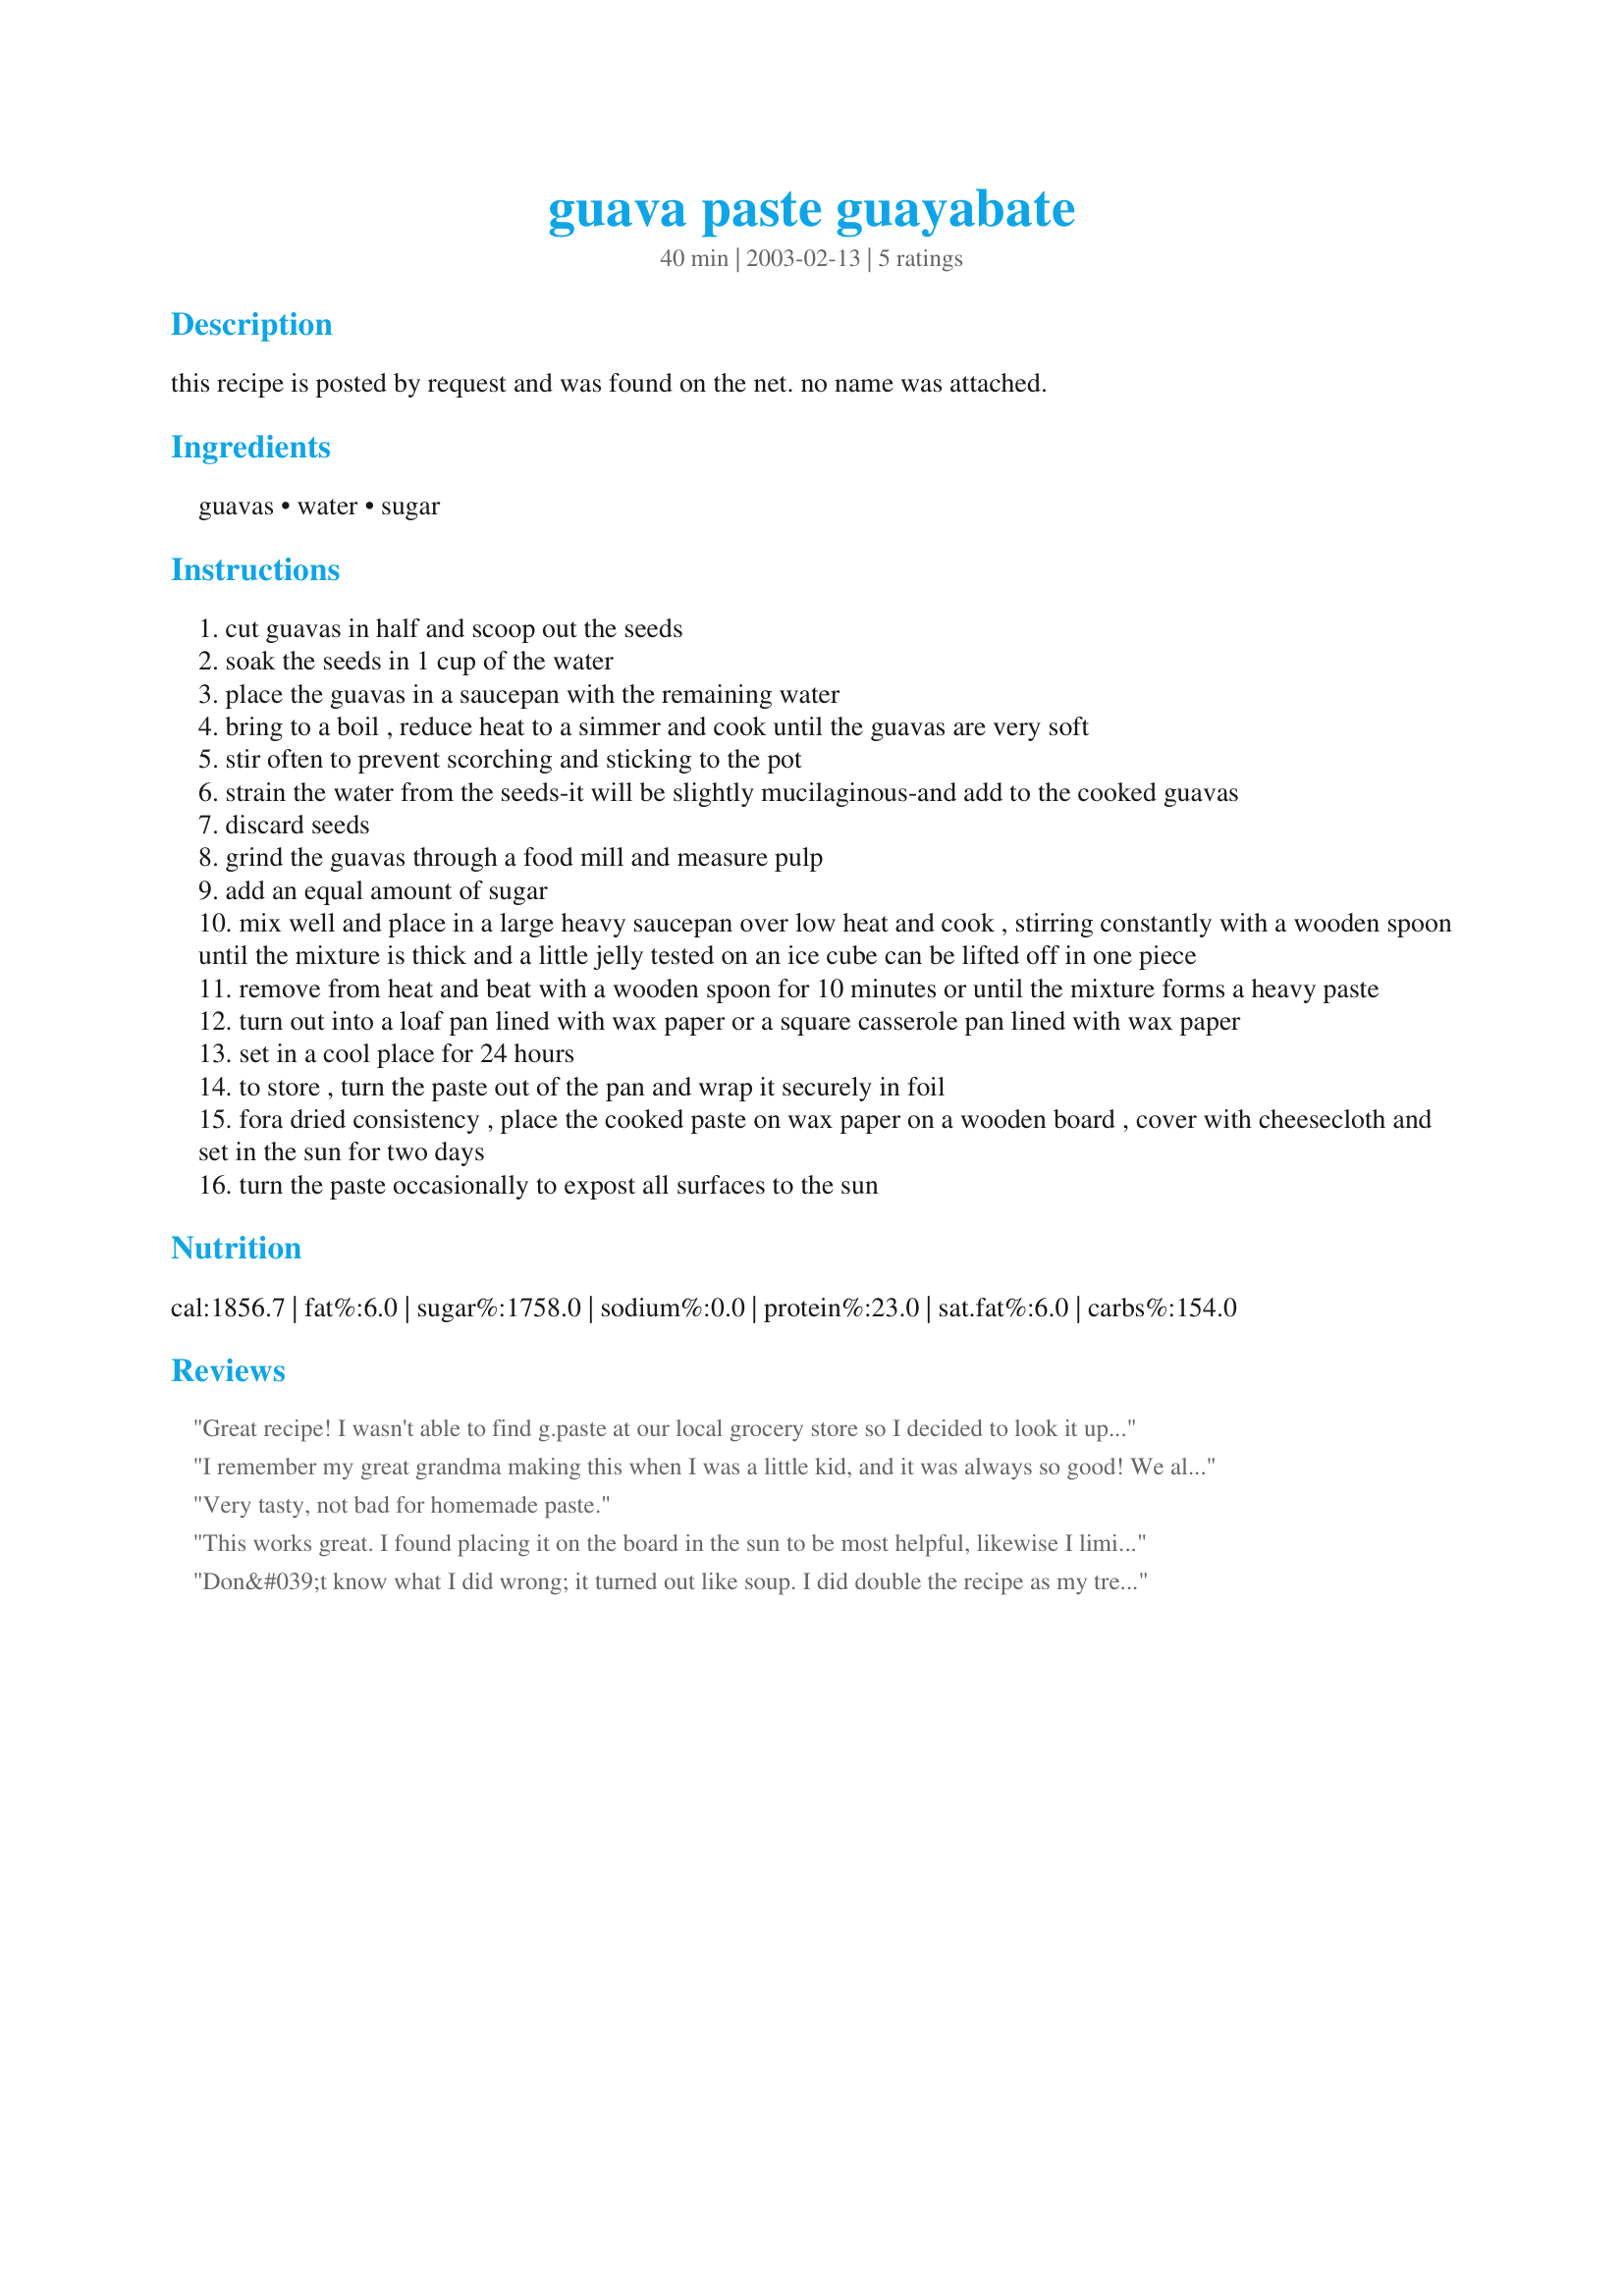
guava paste guayabate
Preparation time: 40 minutes

this recipe is posted by request and was found on the net. no name was attached.

Ingredients:
guavas, water, sugar

Steps:
cut guavas in half and scoop out the seeds
soak the seeds in 1 cup of the water
place the guavas in a saucepan with the remaining water
bring to a boil , reduce heat to a simmer and cook until the guavas are very soft
stir often to prevent scorching and sticking to the pot
strain the water from the seeds-it will be slightly mucilaginous-and add to the cooked guavas
discard seeds
grind the guavas through a food mill and measure pulp
add an equal amount of sugar
mix well and place in a large heavy saucepan over low heat and cook , stirring constantly with a wooden spoon until the mixture is thick and a little jelly tested on an ice cube can be lifted off in one piece
remove from heat and beat with a wooden spoon for 10 minutes or until the mixture forms a heavy paste
turn out into a loaf pan lined with wax paper or a square casserole pan lined with wax paper
set in a cool place for 24 hours
to store , turn the paste out of the pan and wrap it securely in foil
fora dried consistency , place the cooked paste on wax paper on a wooden board , cover with cheesecloth and set in the sun for two days
turn the paste occasionally to expost all surfaces to the sun

Reviews:
Great recipe! I wasn't able to find g.paste at our local grocery store so I decided to look it up here. I was a little unsure about it at first since I have never made guava paste before but it was easy and simple and turned out very tasty- I find myself snacking on it now and then.;) I used it to make my Recipe #373650 and still have quite a bit leftover. I used frozen guavas(letting them defrost first).
Thank you for sharing this recipe!
I remember my great grandma making this when I was a little kid, and it was always so good! We always ate it with slices of white cheese. Such memories! Well, this was a good first (but not last!) attempt for me. Probably overcooked it a bit because it set rather hard. But still VERY tasty! Made for Susie's World Tour, Team Incredibles.
Very tasty, not bad for homemade paste.
This works great. I found placing it on the board in the sun to be most helpful, likewise I limit the thickness to no more than one inch. This allowed it to dry enough that it is a perfect consistency all the way through. I did play with my ingredients a little bit as I&#039;ve made several batches. One I made using fresh squeezed lime juice, approx. 1 tbsp. per cup of pulp. It worked great and gave it a nice flavor that wasn&#039;t too sweet but you don&#039;t realize it&#039;s there. I also tried doubling the guavas and cooking it longer to condense the material which was even better! All in all, this recipe is the best I&#039;ve found online. It not only gives a high yield for a small amount of guavas but it tastes great! Stay away from artificial colors, flavorings or preservatives, it&#039;ll ruin your flavor and change this wonderful delicacy completely!!!
Don&#039;t know what I did wrong; it turned out like soup. I did double the recipe as my tree went nuts this year, but there was way too much water ( 3 cups) and it did not reduce down. So, I can do guava gazpacho? too sweet....
